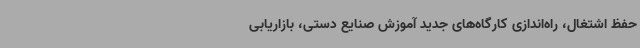
حفظ اشتغال، راه‌اندازی کارگاه‌های جدید آموزش صنایع دستی، بازاریابی